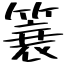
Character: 簔